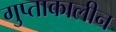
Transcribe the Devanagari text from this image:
गुप्ताकालीन